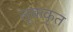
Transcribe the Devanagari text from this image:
लूककृत